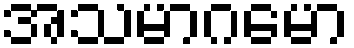
အသမာဂမော